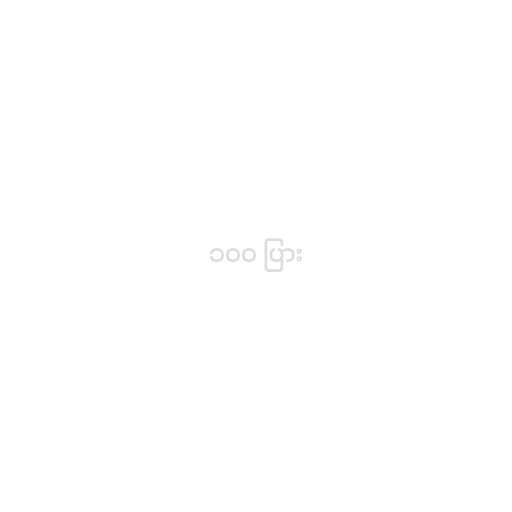
၁၀၀ ပြား